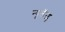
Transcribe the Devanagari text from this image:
न्यूलॅन्ड्स